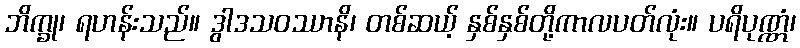
ဘိက္ခု၊ ရဟန်းသည်။ ဒွါဒသဝဿာနိ၊ တစ်ဆယ့် နှစ်နှစ်တို့ကာလပတ်လုံး။ ပရိပုဏ္ဏံ၊